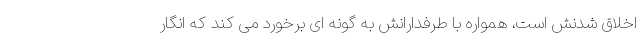
اخلاق شدنش است، همواره با طرفدارانش به گونه ای برخورد می کند که انگار